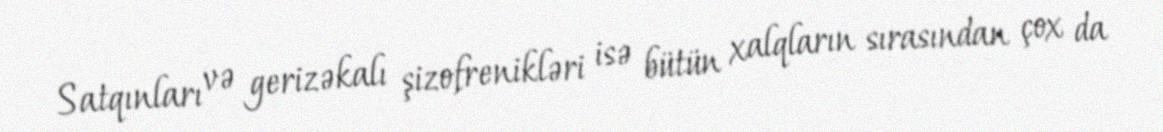
Satqınları və gerizəkalı şizofrenikləri isə bütün xalqların sırasından çox da